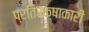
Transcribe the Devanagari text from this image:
प्रतिरक्षाकारी